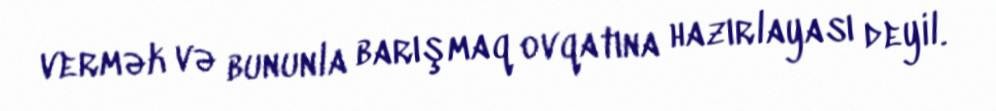
vermək və bununla barışmaq ovqatına hazırlayası deyil.